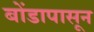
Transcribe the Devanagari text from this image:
बोंडापासून